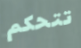
تتحكم